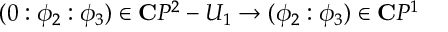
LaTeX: ( 0 : \phi _ { 2 } : \phi _ { 3 } ) \in { \bf C } P ^ { 2 } - U _ { 1 } \rightarrow ( \phi _ { 2 } : \phi _ { 3 } ) \in { \bf C } P ^ { 1 }